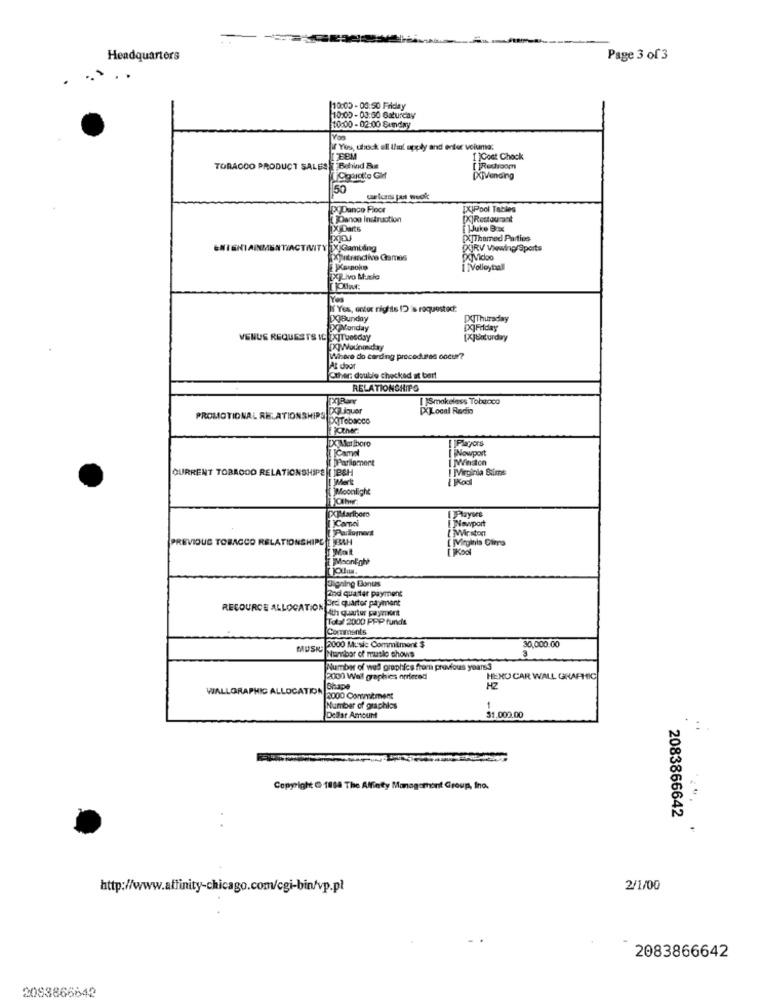
Headquarters
Page 3 of 3
110:05 - 00:50 Friday
10:00-03:50 Saturday
10:00 - 02:00 Sunday
Yon
if Yes, uhock ell thul apply and enter volume:
[ ]Cost Chock
TOBACCO PRODUCT SALES T Behind Be
[ ]Redroom
DjVending
uwlans put wok
PODance Floor
IXIPool Tables
JOanos Instruction
[X]Restaurant
X Darts
[X]Themed Parties
MENTIACTIVITY IX Gambling
QXiRV Viewing/Sports
Xjutrandlive Games
POVidoo
Karaoke
[ ]Volleyball
Yes
If Yes, enter nights ID is requested:
XjBunday
[X]Thursday
Popfonday
VENUS REQUESTS IC TXTTuesday
[Xjonturday
[X]/ounonday
Where do carding procedures cocu ??
At door
Other: double checked at bart
RELATIONSHIPS
[ ]Smokeless Toburaco
gCX iquer
[XLocal Radio
PROMOTIONAL RELATIONSHIPS paTobacco
DXMalboro
I Playors
1Camal
[ Nowport
Parlomert
I ]Winston
CURRENT TOBRODO RELATIONSHIPS
[{ ]Moonlight
[X]Marlboro
[ Nowport
(Parlomert
[ ]Weston
PREVIOUS TOBACCO RELATIONSHIPE
[ Megints Cins
[ ]Kool
Moonlight
Tigning Bonus
and quarter payment
RECOURCE ALLOCATION
4th quarter payment
Total 2000 PPP funds
Comments
MUSK
2000 Music Commitment $
30,000.00
Number of muslo shows
Number of wed graphics from previous years3
2000 Wall graphics arriered
HENO CAR WALL GRAPHIC
WALLGRAPHIC ALLOCATION
HZ
3000 Commement
Number of graphies
Dollar Amount
$1.000.00
Copyright @ 1868 The Alfinty Management Group, Ina.
2083866642
.
http://www.affinity-chicago.com/cgi-bin/vp.pl
2/1/00
2083866642
2083866642